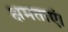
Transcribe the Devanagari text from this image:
क्षमताएं।